Vaccination in Bombay 1889-1901 - 1889-1901
Year: 1889
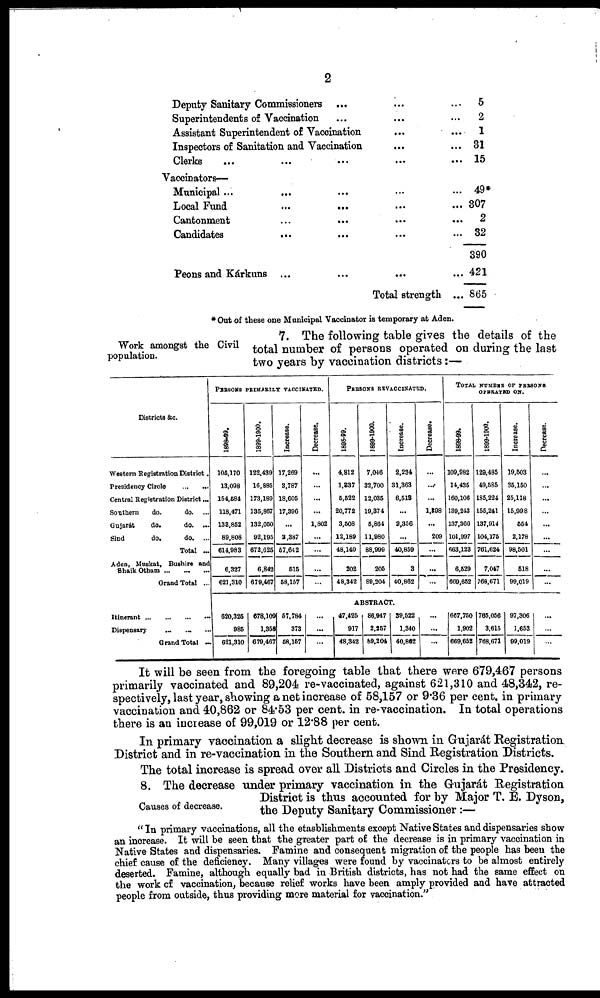
2
Deputy Sanitary Commissioners ... ... ...
Superintendents of Vaccination ... ... ...
Assistant Superintendent of Vaccination
...
...
Inspectors of Sanitation and Vaccination ... ...
Clerks ... ... ... ... ...
Vaccinators—
Municipal ...
Local Fund
...
...
...
...
Cantonment
...
... ... ...
Candidates ... ... ... ...
5
2
1
31
15
49*
307
2
32
390
Peons and Kárkuns ... ... ... ...
Total strength ...
421
865
*Out of these one Municipal Vaccinator is temporary at Aden.
Work amongst the Civil
population.
7. The following table gives the details of the
total number of persons operated on during the last
two years by vaccination districts:—
Districts &c.
Western Registration District.
Presidency Circle
...
...
Central Registration District ...
Southern
do.
do. ...
Gujarát
do.
do.
...
Sind
do.
do.
...
Total ...
Aden, Muskat, Bushire and
Shaik Otham
...
...
...
Grand Total ...
Itinerant
...
...
...
...
Dispensary ... ... ...
Grand Total ...
PERSONS PRIMARILY VACCINATED.
1898-99.
105,170
13,098
154,584
118,471
138,852
89,808
614.983
6,327
621,310
1899-1900
122,439
16,886
173,189
136,867
132,050
92,195
672,626
6,842
679,467
I ncr eas e.
17,269
3,787
18,605
17,396
...
2,387
67,642
515
68,157
620,325
985
621,310
678,109
1,358
679,467
57,784
373
58,157
Decr eas e.
...
...
...
...
1,802
...
...
...
...
...
...
...
PERSONS REVACCINATED.
1898-99.
4,812
1,337
5,522
20,772
3,508
12,189
48,140
202
48,342
1899-1900
7,046
32,700
12,035
19,374
5,864
11,980
88,999
205
89,204
I ncr eas e.
2,234
31,363
6,513
...
2,356
...
40,859
3
40,862
ABSTRACT.
47,425
917
48,342
86,947
2,257
89,204
39,522
1,340
40,862
Decrease.
...
...
...
1,398
...
209
...
...
TOTAL NUMBER OF PERSONS
OPERATED ON.
1899-1900
109,982
14,435
160,106
139,243
137,360
101,997
663.123
6,529
669,652
1899-1900.
129,485
49,585
185,224
155,241
137,914
104,175
761,624
7,047
768,671
I ncr eas e.
19,503
35,150
25,118
15,998
554
2,178
98,501
518
99,019
...
...
...
667,750
1,902
669,652
766,056
3,615
768,671
97,306
1,653
99,019
Decr eas e.
...
...
...
...
...
...
...
...
...
...
...
...
It will be seen from the foregoing table that there were 679,467 persons
primarily vaccinated and 89,204 re-vaccinated, against 621,310 and 48,342, re-
spectively, last year, showing a net increase of 58,157 or 9.36 per cent. in primary
vaccination and 40,862 or 84.53 per cent. in re-vaccination. In total operations
there is an increase of 99,019 or 12.88 per cent.
In primary vaccination a slight decrease is shown in Gujarát Registration.
District and in re-vaccination in the Southern and Sind Registration Districts.
The total increase is spread over all Districts and Circles in the Presidency.
Causes of decrease.
8. The decrease under primary vaccination in the Gujarát Registration
District is thus accounted for by Major T. E. Dyson,
the Deputy Sanitary Commissioner:—
" In primary vaccinations, all the etasblishments except Native States and dispensaries show
an increase. It will be seen that the greater part of the decrease is in primary vaccination in
Native States and dispensaries. Famine and consequent migration of the people has been the
chief cause of the deficiency. Many villages were found by vaccinators to be almost entirely
deserted. Famine, although equally bad in British districts, has not had the same effect on
the work of vaccination, because relief works have been amply provided and have attracted
people from outside, thus providing more material for vaccination."